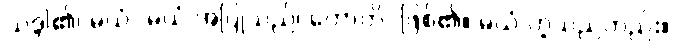
သဒ္ဒါ၏၊ မယံ- မယံ အပြုသည်၊ ဟောတိ- ဖြစ်၏။ မယံ ဟူသည်တည်း။